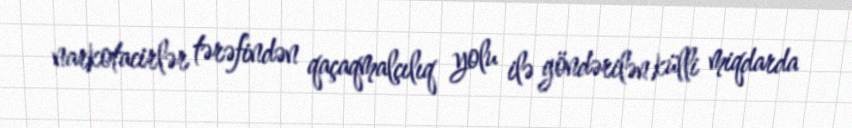
narkotacirlər tərəfindən qaçaqmalçılıq yolu ilə göndərilən külli miqdarda